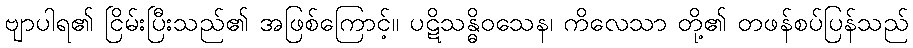
ဗျာပါရ၏ ငြိမ်းပြီးသည်၏ အဖြစ်ကြောင့်။ ပဋိသန္ဓိဝသေန၊ ကိလေသာ တို့၏ တဖန်စပ်ပြန်သည်